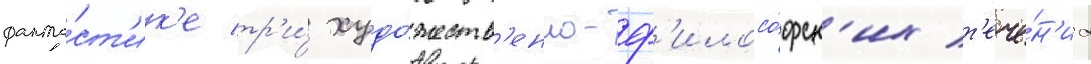
фанта́ст'ик'е тр'и́ худо́жеств'енно-ф'илосо́фск'их т'ече́н'иа